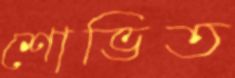
শোভিত